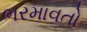
ભરમાવતો